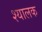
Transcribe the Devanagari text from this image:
श्यालक